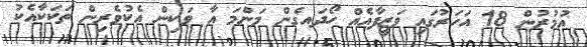
އުމުރުން 18 އަހަރުގައި ވަޒީފާއެއް ހޯދައގެން މަންމަ އާ ވަކިން އެކުވެރިން ތަކަކާއެކު